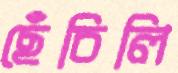
ছেঁচিলি